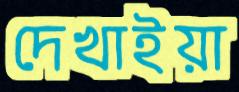
দেখাইয়া